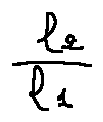
\frac { l _ { 2 } } { l _ { 1 } }